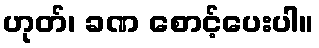
ဟုတ်၊ ခဏ စောင့်ပေးပါ။